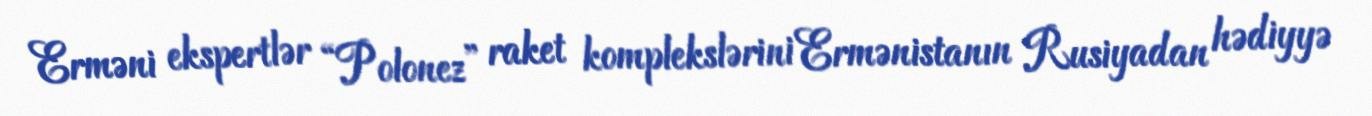
Erməni ekspertlər “Polonez” raket komplekslərini Ermənistanın Rusiyadan hədiyyə